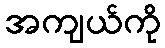
အကျယ်ကို